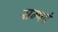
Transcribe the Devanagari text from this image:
सम्पदं